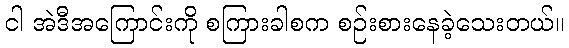
ငါ အဲဒီအကြောင်းကို စကြားခါစက စဉ်းစားနေခဲ့သေးတယ်။